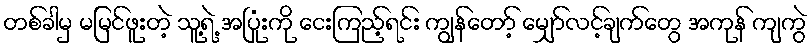
တစ်ခါမှ မမြင်ဖူးတဲ့ သူ့ရဲ့ အပြုံးကို ငေးကြည့်ရင်း ကျွန်တော့် မျှော်လင့်ချက်တွေ အကုန် ကျကွဲ